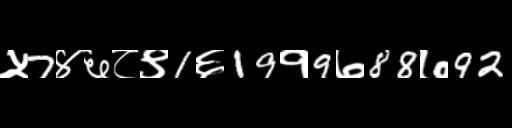
Text: ५7४६८९1६19१9७88७92